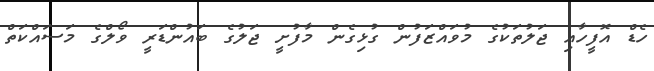
ހެޑް އޮފީހާއި ޖަލުތަކުގެ މުވައްޒަފުން ގުޅިގެން މާފުށީ ޖަލުގެ ބައުންޑަރީ ވޯލްގެ މަސައްކަތް